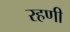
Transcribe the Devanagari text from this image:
रहणी